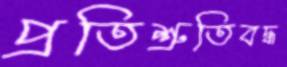
প্রতিশ্রুতিবদ্ধ